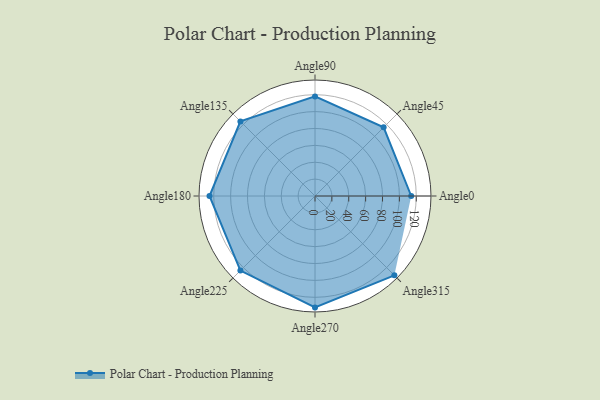
{"axis": {"x": "Angle", "y": "Radius"}, "legend": [""], "data": [{"x": "Angle0", "y": 114.0, "type": ""}, {"x": "Angle45", "y": 115.0, "type": ""}, {"x": "Angle90", "y": 118.0, "type": ""}, {"x": "Angle135", "y": 125.0, "type": ""}, {"x": "Angle180", "y": 125.0, "type": ""}, {"x": "Angle225", "y": 125.0, "type": ""}, {"x": "Angle270", "y": 132.0, "type": ""}, {"x": "Angle315", "y": 133.0, "type": ""}]}